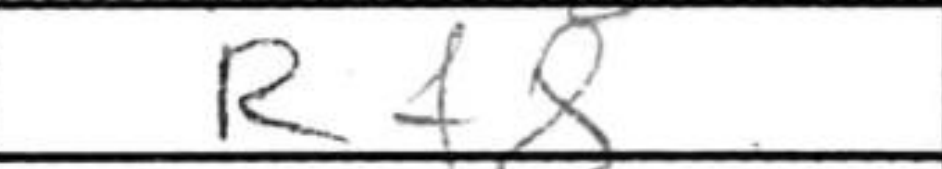
Transcription: Rf8